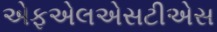
એફએલએસટીએસ